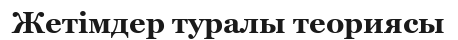
Жетімдер туралы теориясы